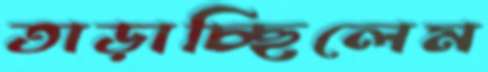
তাড়াচ্ছিলেম